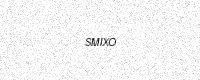
Text: SMIXO